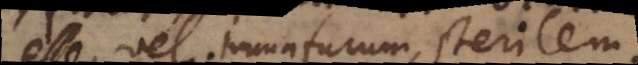
esse, vel immaturum, sterile